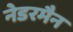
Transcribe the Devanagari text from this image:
नेडरमैन